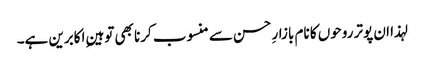
لہذا ان پوتر روحوں کا نام بازارِ حسن سے منسوب کرنا بھی توہینِ اکابرین ہے۔